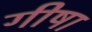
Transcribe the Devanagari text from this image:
गीषा